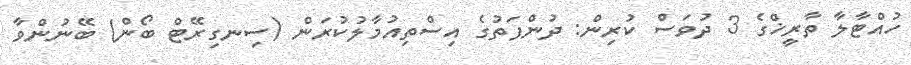
ހުއްޓާލާ ތާރީޚްގެ 3 ދުވަސް ކުރިން: ދުންފަތުގެ އިސްތިއުމާލުކުރަން (ސިނގިރޭޓް ބޯން) ބޭނުންވާ